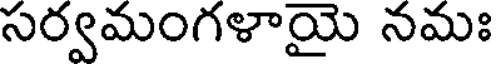
సర్వమంగళాయై నమః